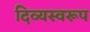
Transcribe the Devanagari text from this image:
दिव्यस्वरूप